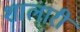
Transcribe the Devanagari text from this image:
शालारी